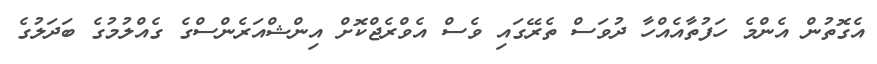
އެގޮތުން އެންމެ ހަފުތާއެއްހާ ދުވަސް ތެރޭގައި ވެސް އެވްރެޖްކޮށް އިންޝްއަރެންސްގެ ގެއްލުމުގެ ބަދަލުގެ